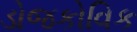
ડોજકોવિક